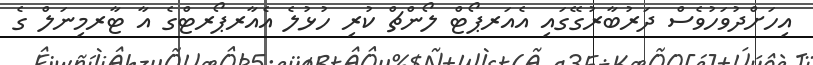
އިހަށްދުވަހުވެސް ދަރުބާރުގޭގައި އެއަރޕޯޓް ލޯންޗް ކުރި ހުޅުލެ އެއާރޕޯރޓްގެ އާ ޓާރމިނަލް ގެ